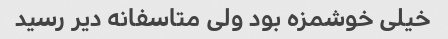
خیلی خوشمزه بود ولی متاسفانه دیر رسید